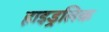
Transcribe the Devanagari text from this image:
हाइड्रलिक